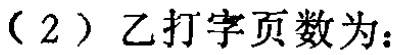
（2）乙打字页数为：